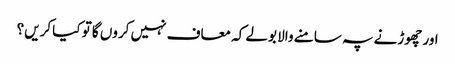
اور چھوڑنے پہ سامنے والا بولے کہ معاف نہیں کروں گا تو کیا کریں؟